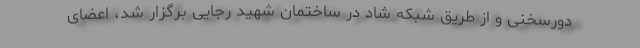
دورسخنی و از طریق شبکه شاد در ساختمان شهید رجایی برگزار شد، اعضای